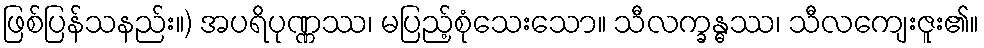
ဖြစ်ပြန်သနည်း။) အပရိပုဏ္ဏဿ၊ မပြည့်စုံသေးသော။ သီလက္ခန္ဓဿ၊ သီလကျေးဇူး၏။